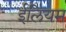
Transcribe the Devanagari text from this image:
ईलियम